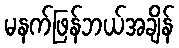
မနက်ဖြန်ဘယ်အချိန်